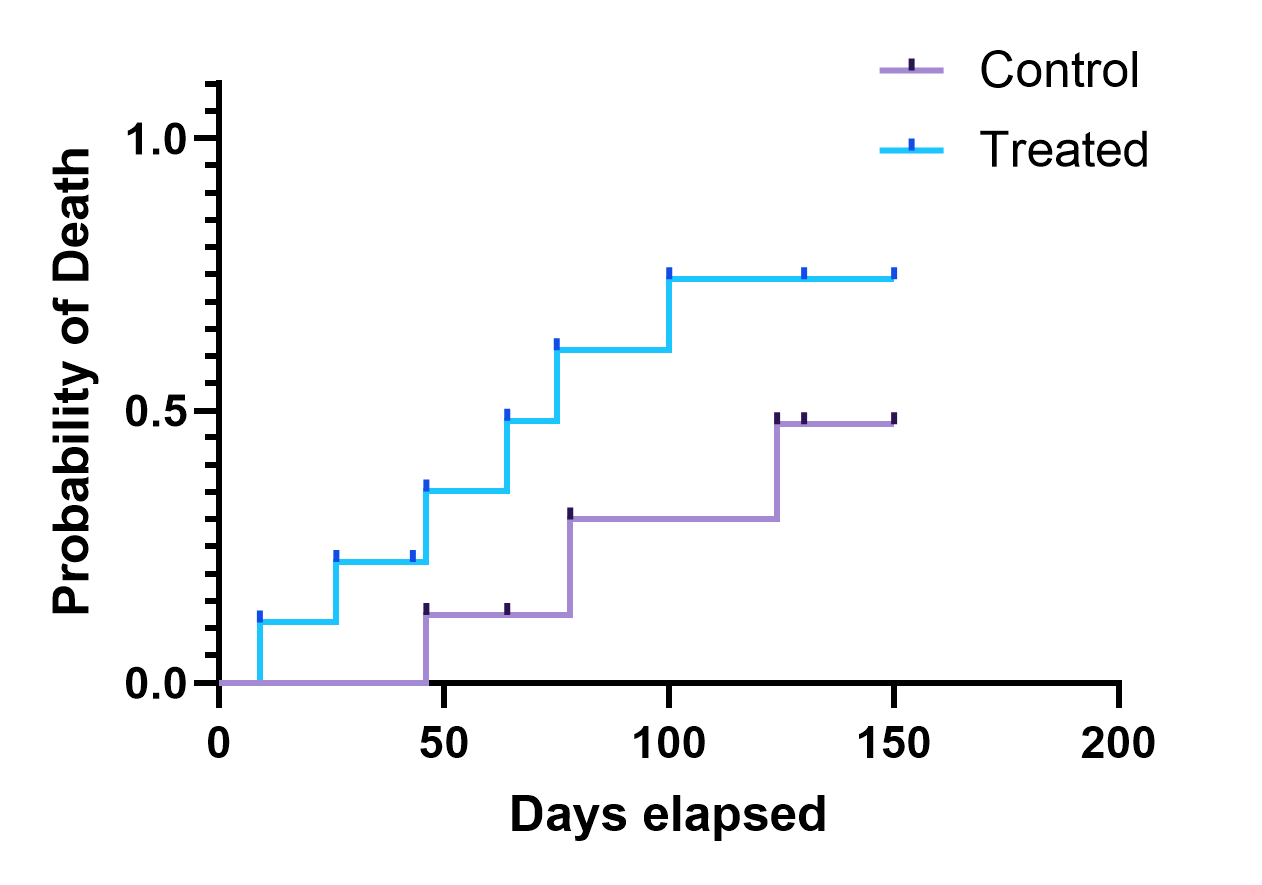
graphpad, survival, two groups, staircase with ticks